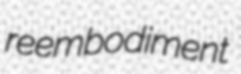
reembodiment